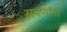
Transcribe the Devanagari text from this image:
सवर्णांनी